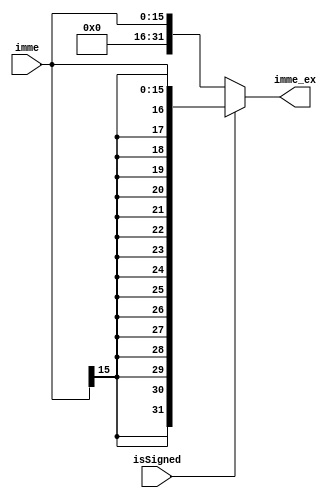
module SignEXUnit(imme,imme_ex,isSigned);
  input[15:0] imme;
  input isSigned;
  output[31:0] imme_ex;
  
  assign imme_ex=isSigned?{{16{imme[15]}},imme}:{16'b0,imme};
  
endmodule
//has been reformed.